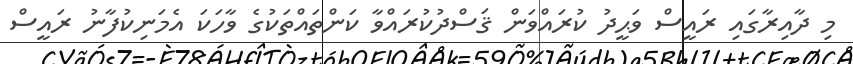
މި ދާއިރާގައި ރައީސް ވަޙީދު ކުރައްވަން ޤަސްދުކުރައްވާ ކަންތައްތަކުގެ ވާހަކަ އެމަނިކުފާނު ރައީސް